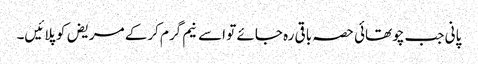
پانی جب چوتھائی حصہ باقی رہ جائے تو اسے نیم گرم کرکے مریض کو پلائیں۔